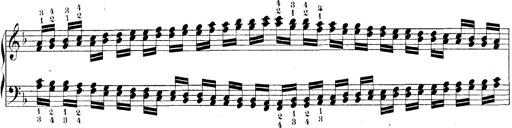
Title: Technische Studien
Composer: Franz Liszt